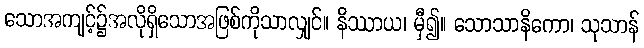
သောအကျင့်၌အလိုရှိသောအဖြစ်ကိုသာလျှင်။ နိဿာယ၊ မှီ၍။ သောသာနိကော၊ သုသာန်